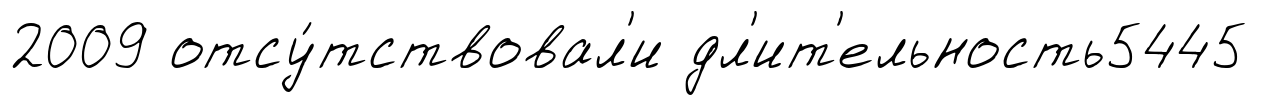
2009 отсу́тствовал'и дл'ит'ельность5445